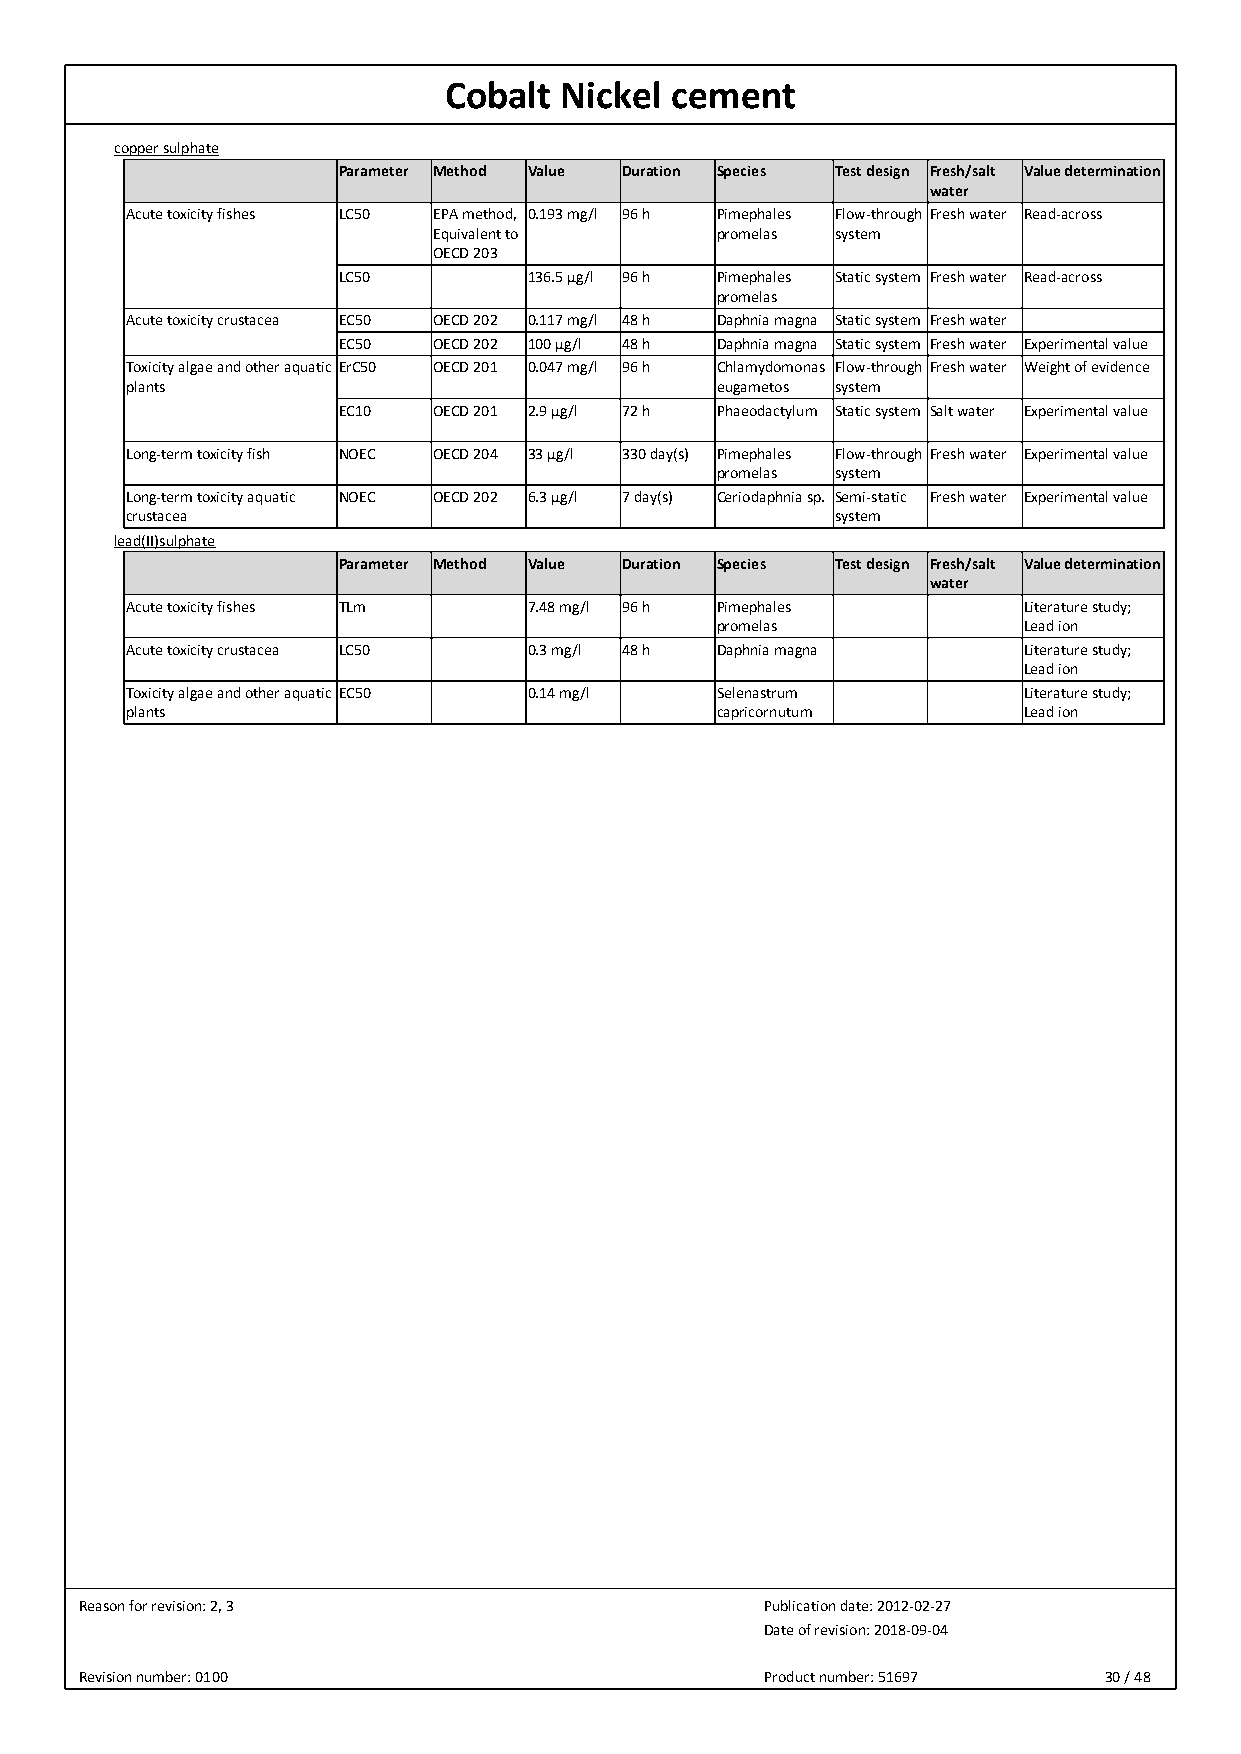
Cobalt  Nickel cement
 copper sulphate
 Parameter Method Value Duration Species Test design Fresh/salt Value determination
 water
 Acute toxicity fishes LC50 EPA method, 0.193 mg/l 96 h Pimephales Flow-through Fresh water Read-across
 Equivalent to     promelas system
 OECD 203
 LC50         136.5 µg/l 96 h Pimephales Static system Fresh water Read-across
 promelas
 Acute toxicity crustacea EC50 OECD 202 0.117 mg/l 48 h Daphnia magna Static system Fresh water
 EC50   OECD 202 100 µg/l 48 h Daphnia magna Static system Fresh water Experimental value
 Toxicity algae and other aquatic ErC50 OECD 201 0.047 mg/l 96 h Chlamydomonas Flow-through Fresh water Weight of evidence
 plants                                 eugametos system
 EC10   OECD 201 2.9 µg/l 72 h Phaeodactylum Static system Salt water Experimental value
 Long-term toxicity fish NOEC OECD 204 33 µg/l 330 day(s) Pimephales Flow-through Fresh water Experimental value
 promelas system
 Long-term toxicity aquatic NOEC OECD 202 6.3 µg/l 7 day(s) Ceriodaphnia sp. Semi-static Fresh water Experimental value
 crustacea                                      system
 lead(II)sulphate
 Parameter Method Value Duration Species Test design Fresh/salt Value determination
 water
 Acute toxicity fishes TLm  7.48 mg/l 96 h Pimephales        Literature study;
 promelas             Lead ion
 Acute toxicity crustacea LC50 0.3 mg/l 48 h Daphnia magna   Literature study;
 Lead ion
 Toxicity algae and other aquatic EC50 0.14 mg/l Selenastrum Literature study;
 plants                                 capricornutum        Lead ion
 Reason for revision: 2, 3                     Publication date: 2012-02-27
 Date of revision: 2018-09-04
 Revision number: 0100                         Product number: 51697 30 / 48